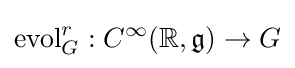
\operatorname {evol} _{G}^{r}:C^{\infty }(\mathbb {R} ,{\mathfrak {g}})\to G